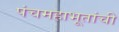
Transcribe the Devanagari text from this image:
पंचमहाभूतांची